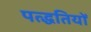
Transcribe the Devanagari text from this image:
पत्द्धतियों